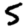
Digit: 5